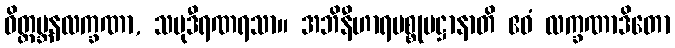
ဝိတ္ထမ္ဘနလက္ခဏာ, သမုဒီရဏရသာ။ အဘိနီဟာရပစ္စုပဋ္ဌာနာတိ ဧဝံ လက္ခဏာဒိတော